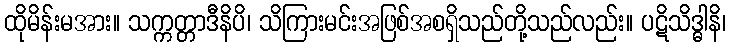
ထိုမိန်းမအား။ သက္ကတ္တာဒီနိပိ၊ သိကြားမင်းအဖြစ်အစရှိသည်တို့သည်လည်း။ ပဋိသိဒ္ဓါနိ၊